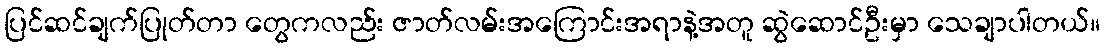
ပြင်ဆင်ချက်ပြုတ်တာ တွေကလည်း ဇာတ်လမ်းအကြောင်းအရာနဲ့အတူ ဆွဲဆောင်ဦးမှာ သေချာပါတယ်။